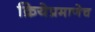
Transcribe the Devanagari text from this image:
क्रियेप्रमाणेच